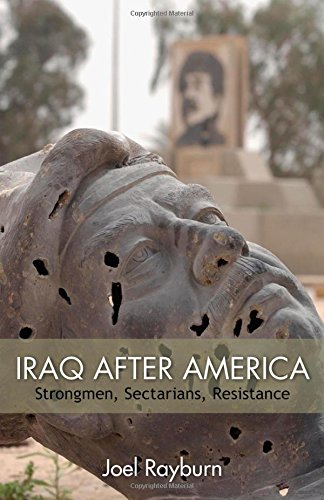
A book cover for Iraq after America: Strongmen, Sectarians, Resistance (The Great Unraveling: the Remaking of the Middle East: Hoover Institution Press Publication; No. 643); Joel Rayburn; History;